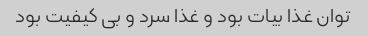
توان غذا بیات بود و غذا سرد و بی کیفیت بود